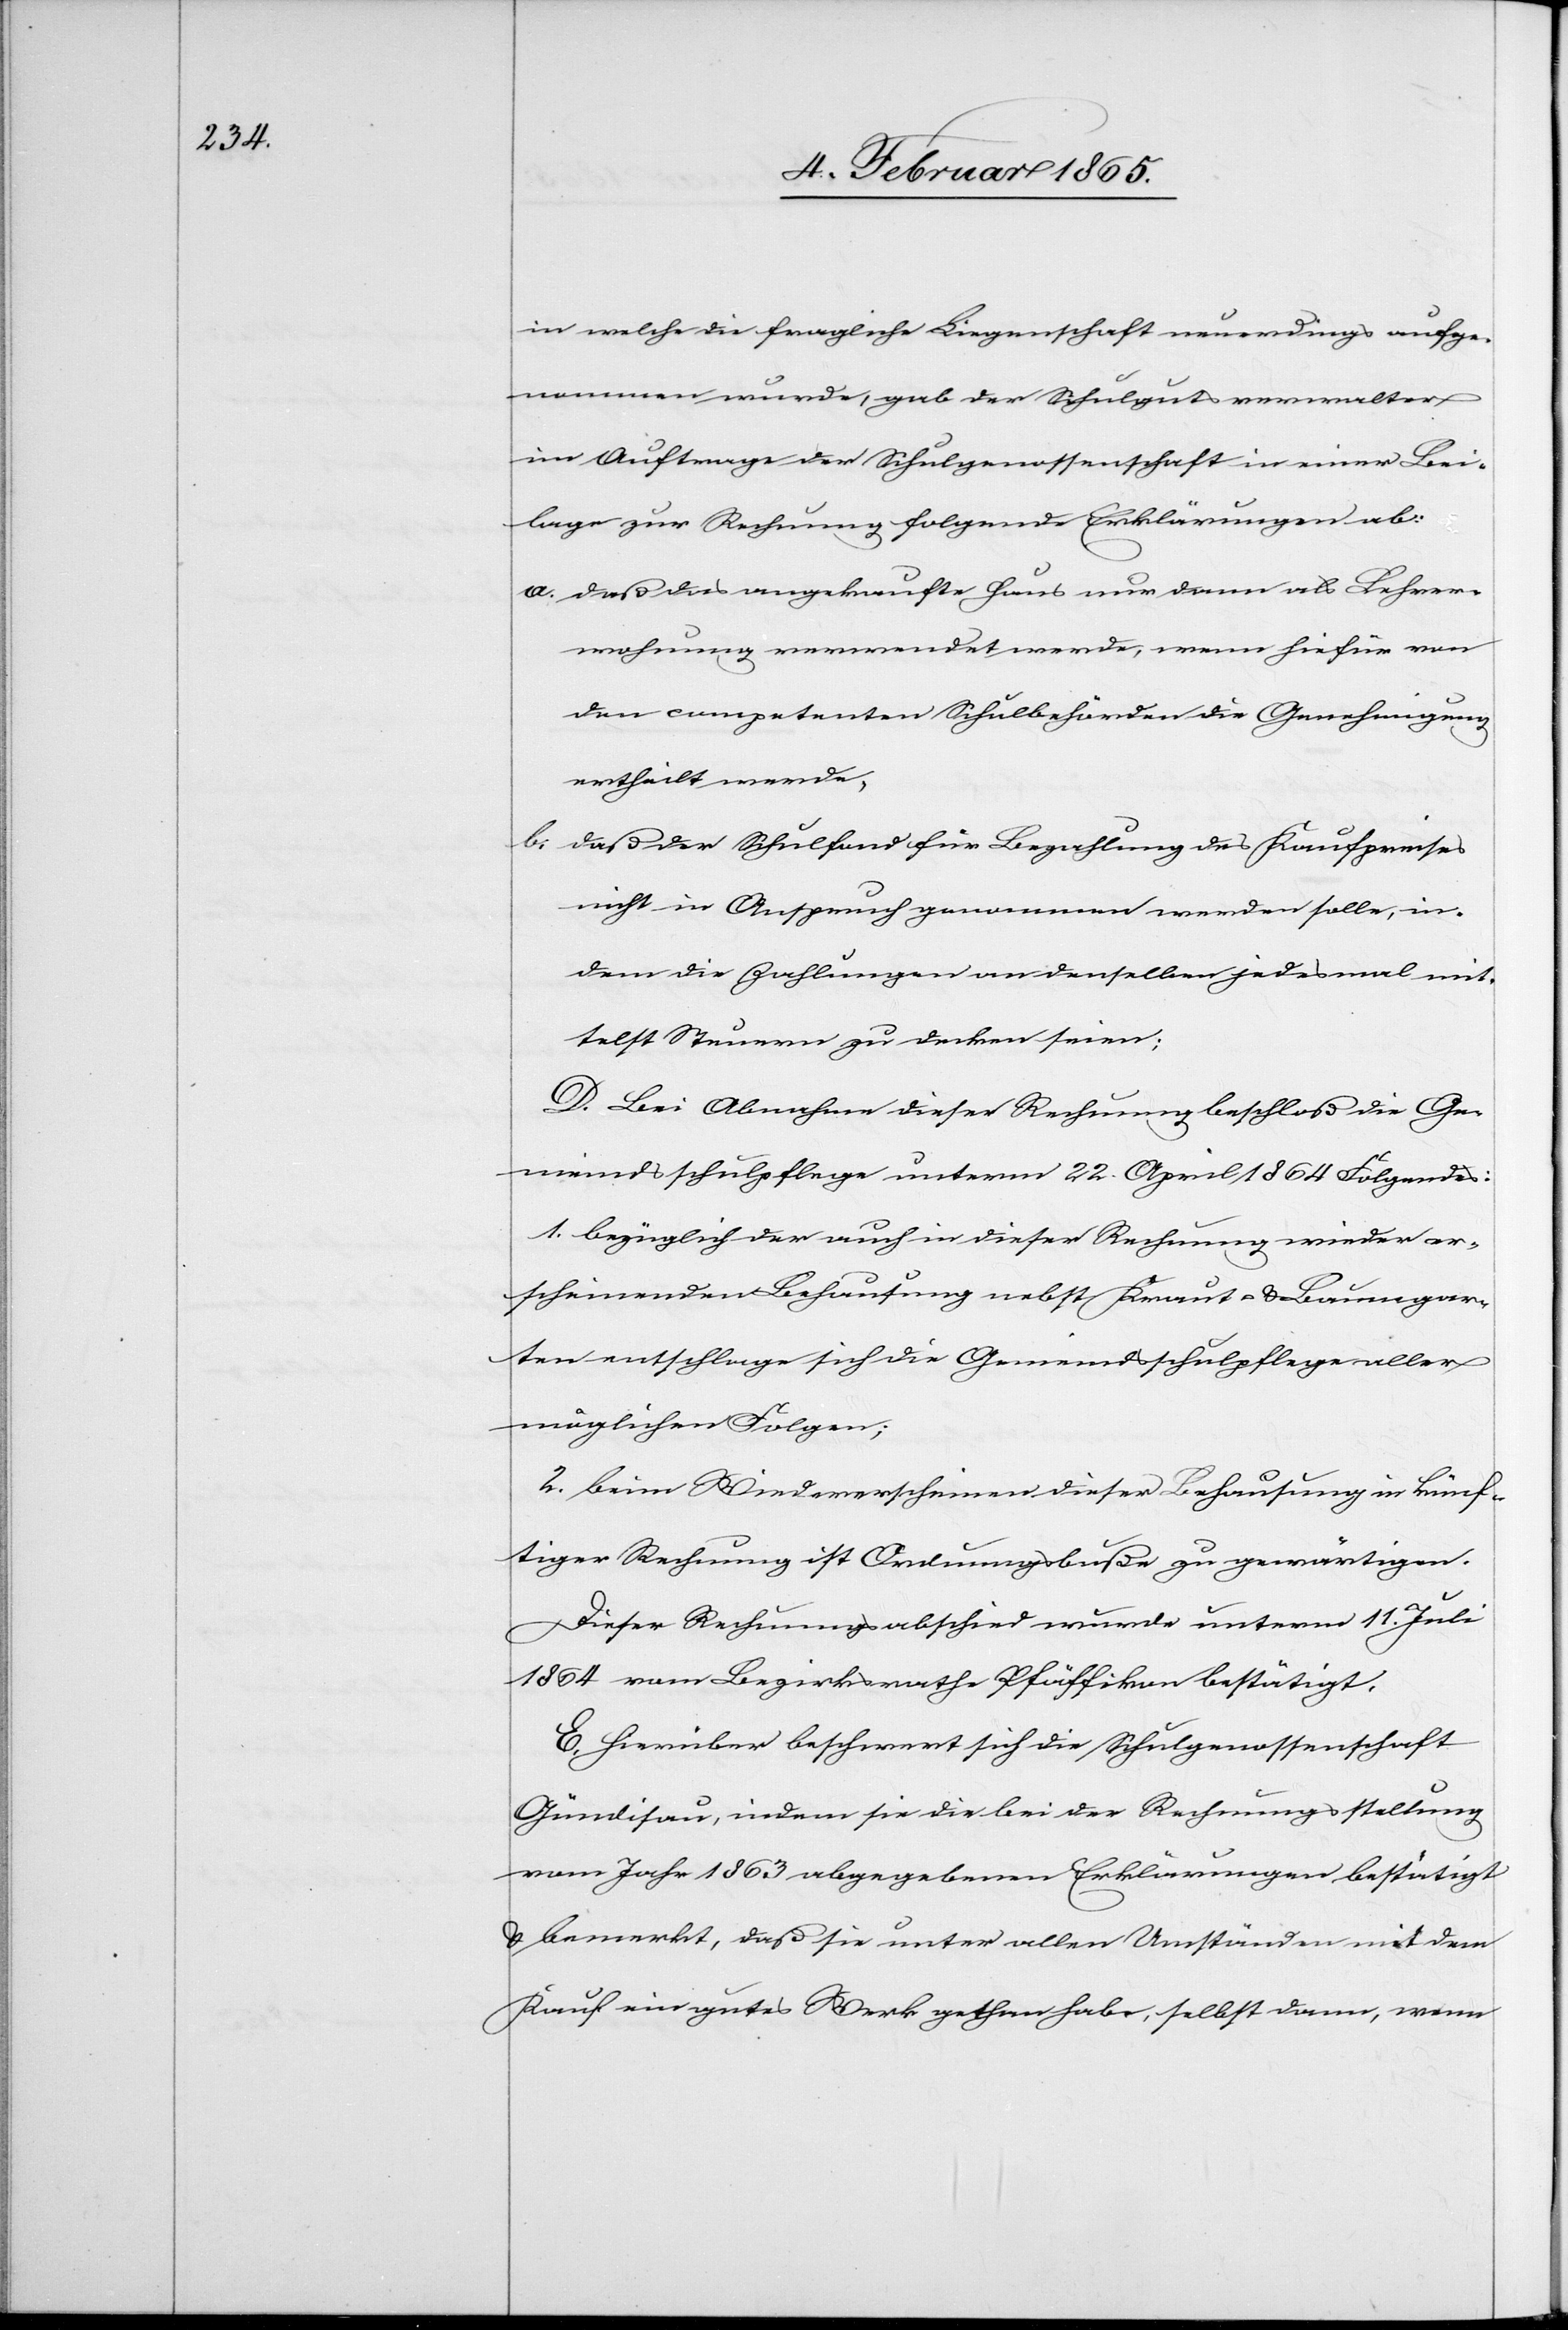
in welche die fragliche Liegenschaft neuerdings aufge¬
nommen wurde, gab der Schulgutsverwalter
im Auftrage der Schulgenossenschaft in einer Bei¬
lage zur Rechnung folgende Erklärungen ab:
a. daß das angekaufte Haus nur dann als Lehrer¬
wohnung verwendet werde, wenn hiefür von
den competenten Schulbehörden die Genehmigung
ertheilt werde,
b. daß der Schulfond für Bezahlung des Kaufpreises
nicht in Anspruch genommen werden solle, in¬
dem die Zahlungen an denselben jedesmal mit¬
telst Steuern zu decken seien;
D. Bei Abnahme dieser Rechnung beschloß die Ge¬
meindsschulpflege unterm 22. April 1864 Folgendes:
1. bezüglich der auch in dieser Rechnung wieder er¬
scheinenden Behausung nebst Kraut- u. Baumgar¬
ten entschlage sich die Gemeindsschulpflege aller
möglichen Folgen;
2. beim Wiedererscheinen dieser Behausung in künf¬
tiger Rechnung ist Ordnungsbuße zu gewärtigen.
Dieser Rechnungsabschied wurde unterm 11. Juli
1864 vom Bezirksrathe Pfäffikon bestätigt.
E. Hierüber beschwert sich die Schulgenossenschaft
Gündisau, indem sie die bei der Rechnungsstellung
vom Jahr 1863 abgegebenen Erklärungen bestätigt
u. bemerkt, daß sie unter allen Umständen mit dem
Kauf ein gutes Werk gethan habe, selbst dann, wenn